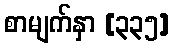
စာမျက်နှာ [၃၃၅]